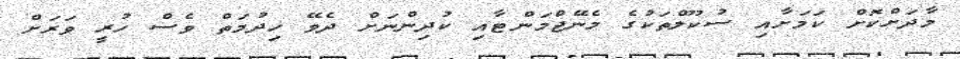
މާދަށްކޮށް ކަމަށާއި ސުކޫލްތަކުގެ މެނޭޖްމަންޓާއި ކުދިންނަށް ދެވޭ ޚިދުމަތް ވެސް ހުރީ ވަރަށް